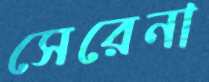
সেরেনা